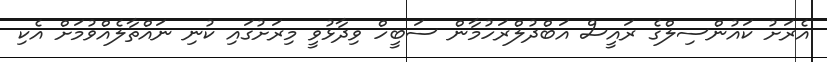
އެރަށު ކައުންސިލްގެ ރައީސް އަބްދުލްރަހުމާން ސަބީހް ވިދާޅުވީ މިރަށުގައި ކުނި ނައްތާލެއްވުމަށް އެކި